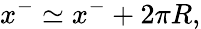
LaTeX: x^{-}\simeq x^{-}+2\pi R,